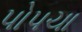
પોપચા